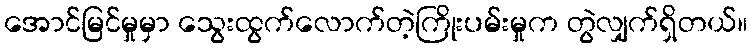
အောင်မြင်မှုမှာ သွေးထွက်လောက်တဲ့ကြိုးပမ်းမှုက တွဲလျှက်ရှိတယ်။